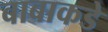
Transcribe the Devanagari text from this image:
बाबाकडे